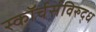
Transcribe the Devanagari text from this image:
स्कॉर्चर्सविरुद्ध